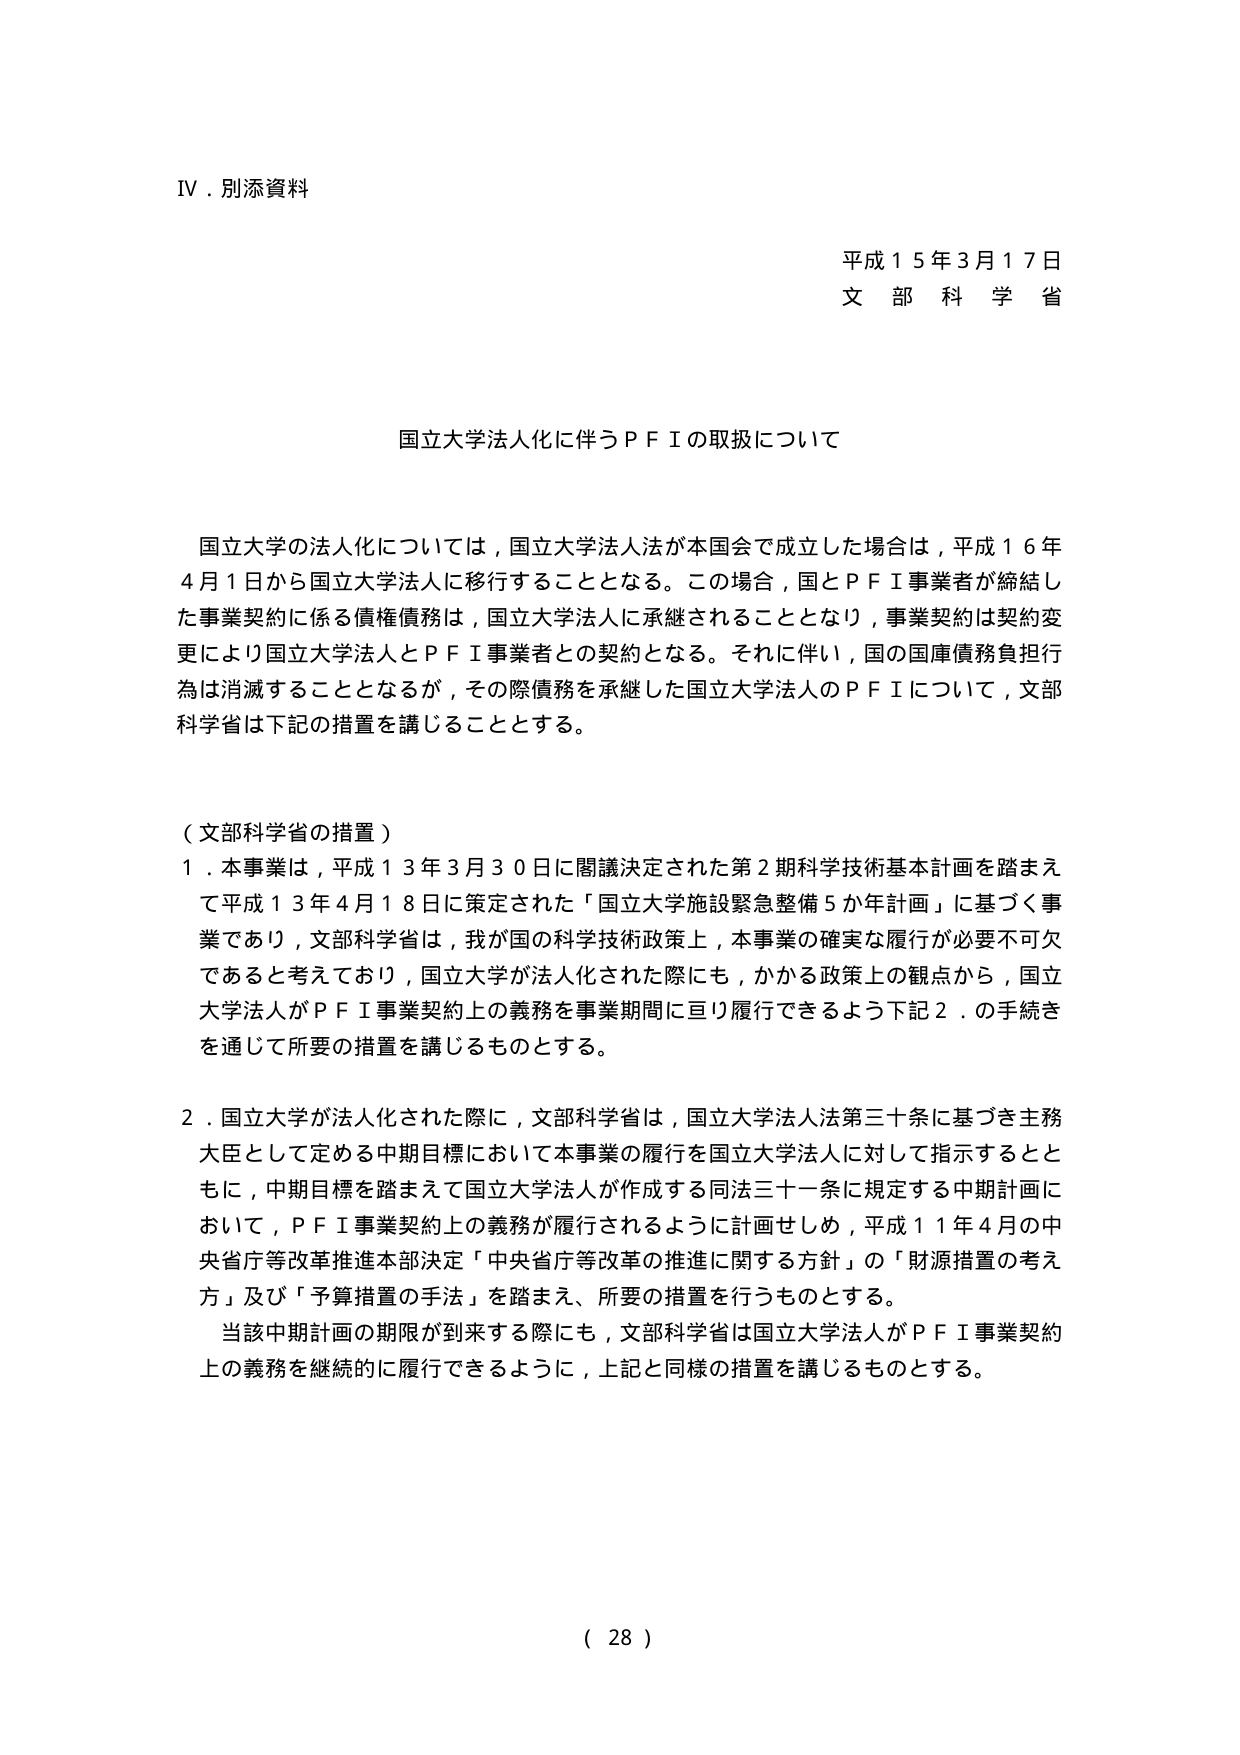
IV．別添資料

平成15年3月17日
文部科学省

国立大学法人化に伴うＰＦＩの取扱について

国立大学の法人化については，国立大学法人法が本国会で成立した場合は，平成16年4月1日から国立大学法人に移行することとなる。この場合，国とＰＦＩ事業者が締結した事業契約に係る債権債務は，国立大学法人に承継されることとなり，事業契約は契約変更により国立大学法人とＰＦＩ事業者との契約となる。それに伴い，国の国庫債務負担行為は消滅することとなるが，その際債務を承継した国立大学法人のＰＦＩについて，文部科学省は下記の措置を講じることとする。

（文部科学省の措置）
1．本事業は，平成13年3月30日に閣議決定された第2期科学技術基本計画を踏まえて平成13年4月18日に策定された「国立大学施設緊急整備5か年計画」に基づく事業であり，文部科学省は，我が国の科学技術政策上，本事業の確実な履行が必要不可欠であると考えており，国立大学が法人化された際にも，かかる政策上の観点から，国立大学法人がＰＦＩ事業契約上の義務を事業期間に亘り履行できるよう下記2．の手続きを通じて所要の措置を講じるものとする。

2．国立大学が法人化された際に，文部科学省は，国立大学法人法第三十条に基づき主務大臣として定める中期目標において本事業の履行を国立大学法人に対して指示するとともに，中期目標を踏まえて国立大学法人が作成する同法三十一条に規定する中期計画において，ＰＦＩ事業契約上の義務が履行されるように計画せしめ，平成11年4月の中央省庁等改革推進本部決定「中央省庁等改革の推進に関する方針」の「財源措置の考え方」及び「予算措置の手法」を踏まえ，所要の措置を行うものとする。
当該中期計画の期限が到来する際にも，文部科学省は国立大学法人がＰＦＩ事業契約上の義務を継続的に履行できるように，上記と同様の措置を講じるものとする。

（ 28 ）